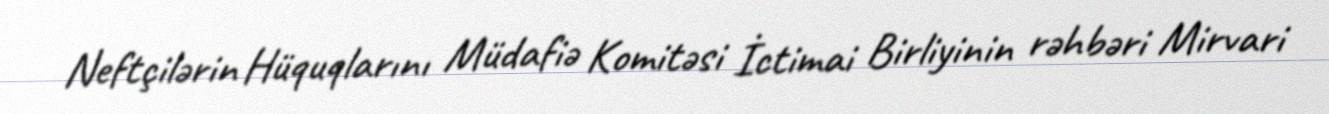
Neftçilərin Hüquqlarını Müdafiə Komitəsi İctimai Birliyinin rəhbəri Mirvari